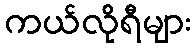
ကယ်လိုရီများ